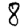
Digit: 8